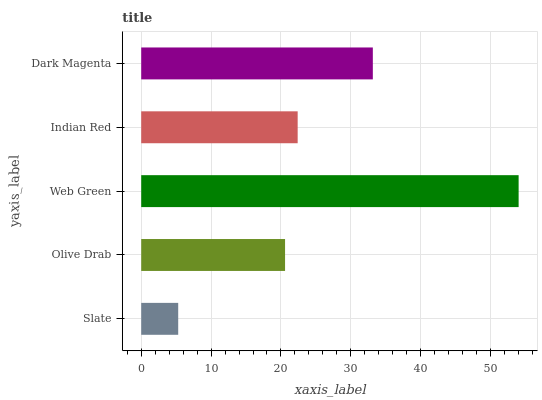
| yaxis_label | bars |
 | --- | --- |
 | Slate | 5.29 |
 | Olive Drab | 20.6 |
 | Web Green | 54 |
 | Indian Red | 22.4 |
 | Dark Magenta | 33.1 |